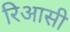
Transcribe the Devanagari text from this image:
रिआसी